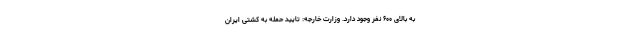
به بالای ۶۰۰ نفر وجود دارد. وزارت خارجه: تایید حمله به کشتی ایران